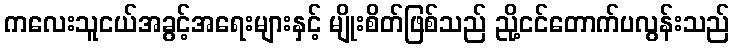
ကလေးသူငယ်အခွင့်အရေးများနှင့် မျိုးစိတ်ဖြစ်သည် ညို့ငင်တောက်ပလွန်းသည်